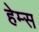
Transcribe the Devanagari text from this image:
हेम्‍स